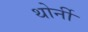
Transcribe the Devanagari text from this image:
थोर्नी